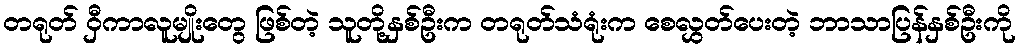
တရုတ် ဝှီကာလူမျိုးတွေ ဖြစ်တဲ့ သူတို့နှစ်ဦးက တရုတ်သံရုံးက စေလွှတ်ပေးတဲ့ ဘာသာပြန်နှစ်ဦးကို